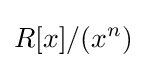
R[x]/(x^{n})